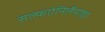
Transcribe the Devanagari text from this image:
सल्फऐनिलैमाइड